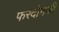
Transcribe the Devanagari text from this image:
फरदोनजी